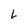
Character: L